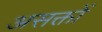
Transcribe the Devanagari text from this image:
असक्तों